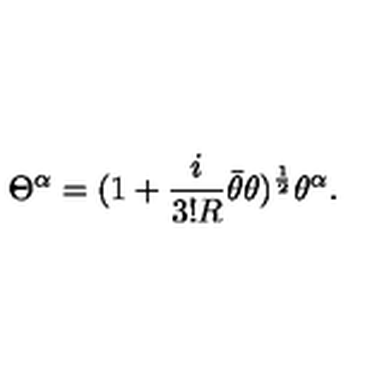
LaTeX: \Theta ^ { \alpha } = ( 1 + { \frac { i } { 3 ! R } } \bar { \theta } \theta ) ^ { \frac { 1 } { 2 } } \theta ^ { \alpha } .